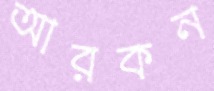
আরকন